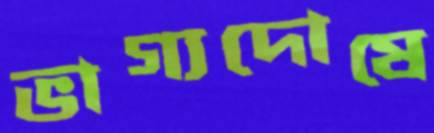
ভাগ্যদোষে